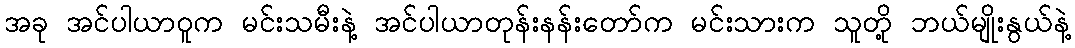
အခု အင်ပါယာဝူက မင်းသမီးနဲ့ အင်ပါယာတုန်းနန်းတော်က မင်းသားက သူတို့ ဘယ်မျိုးနွယ်နဲ့